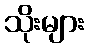
သိုးများ